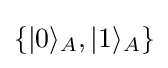
\{|0\rangle _{A},|1\rangle _{A}\}